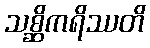
သစ္ဆိကရိဿတိ